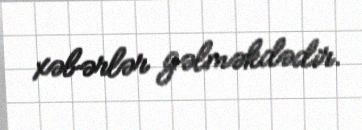
xəbərlər gəlməkdədir.